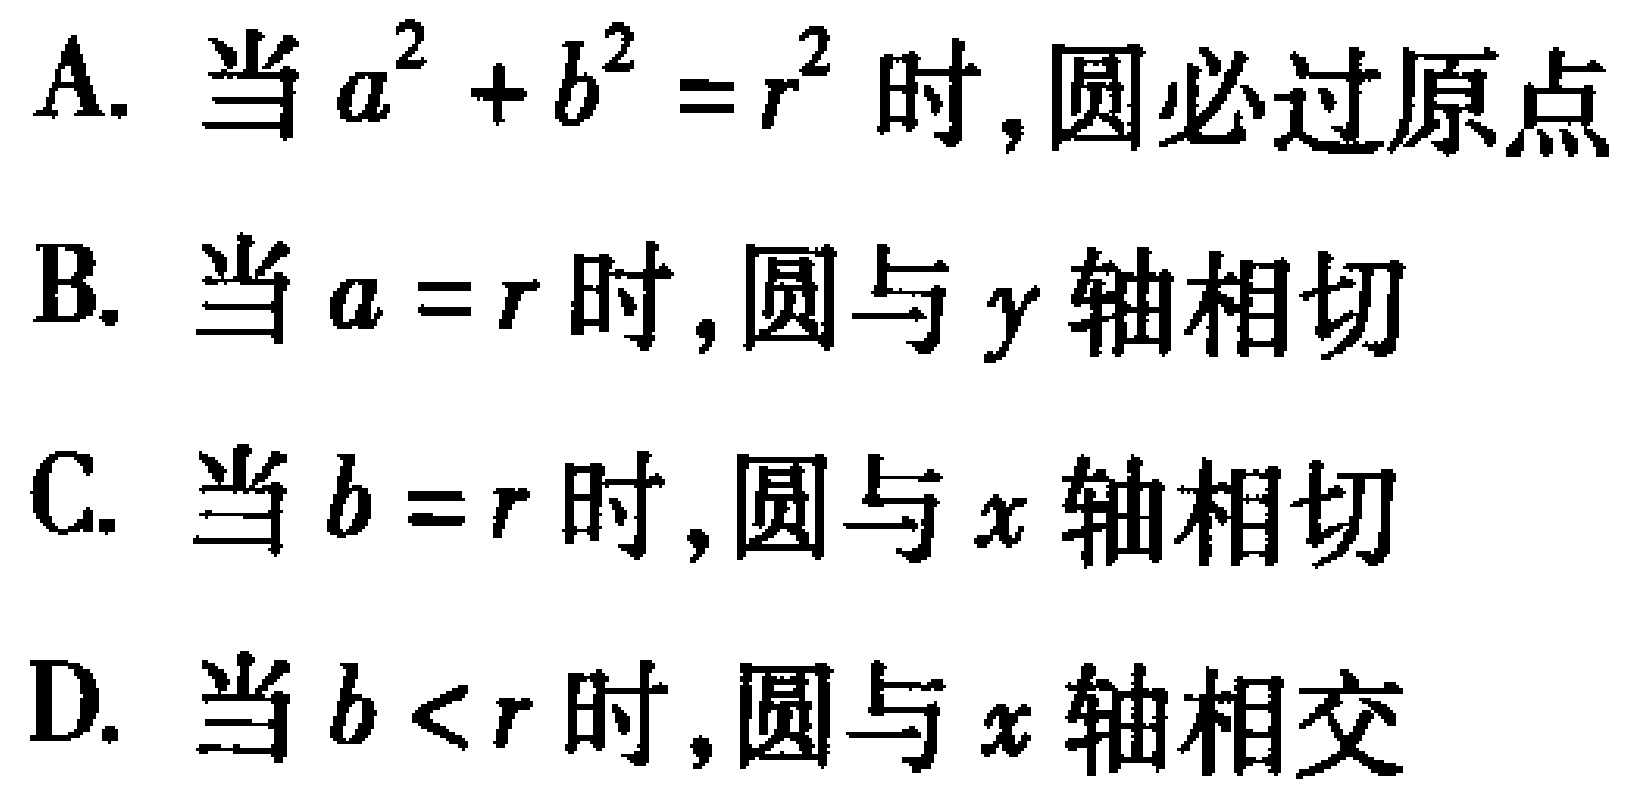
A. 当$a^{2}+b^{2}=r^{2}$时,圆必过原点
B. 当$a = r$时,圆与$y$轴相切
C. 当$b = r$时,圆与$x$轴相切
D. 当$b < r$时,圆与$x$轴相交